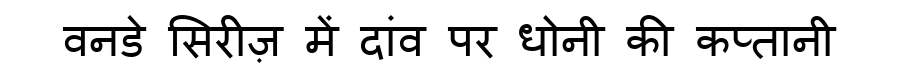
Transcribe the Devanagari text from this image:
वनडे सिरीज़ में दांव पर धोनी की कप्तानी